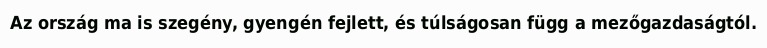
Az ország ma is szegény, gyengén fejlett, és túlságosan függ a mezőgazdaságtól.